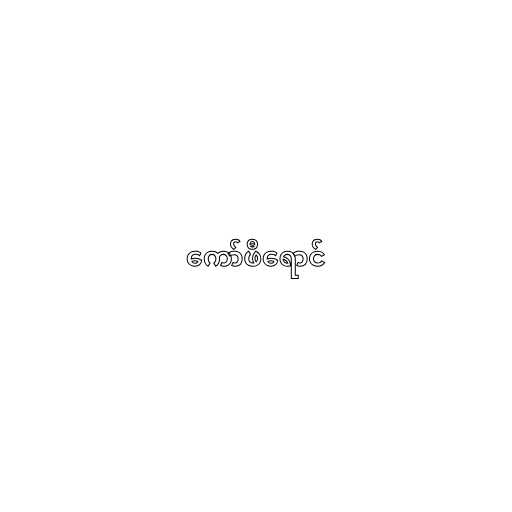
ကော်ဖီရောင်